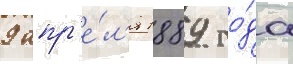
9 апр'е́л'я 1889 го́да